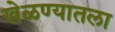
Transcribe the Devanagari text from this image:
खेळण्यातला